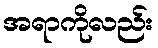
အရာကိုလည်း